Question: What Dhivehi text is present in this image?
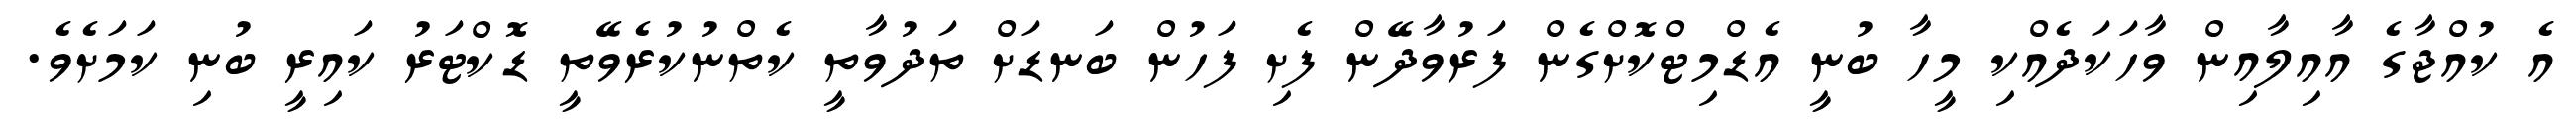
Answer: އެ ކުއްޖާގެ އާއިލާއިން ވާހަކަދެއްކި މީހާ ބުނީ އެޑްމިޓްކޮށްގެން ފަރުވާދޭން ފެށި ފަހުން ބަނޑަށް ތަދުވާތީ ކެތްނުކުރެވޭތީ ޑޮކްޓަރު ކައިރީ ބުނި ކަމަށެވެ.